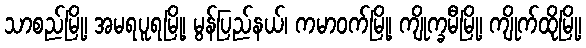
သာစည်မြို့၊ အမရပူရမြို့၊ မွန်ပြည်နယ်၊ ကမာဝက်မြို့၊ ကျိုက္ခမီမြို့၊ ကျိုက်ထိုမြို့၊